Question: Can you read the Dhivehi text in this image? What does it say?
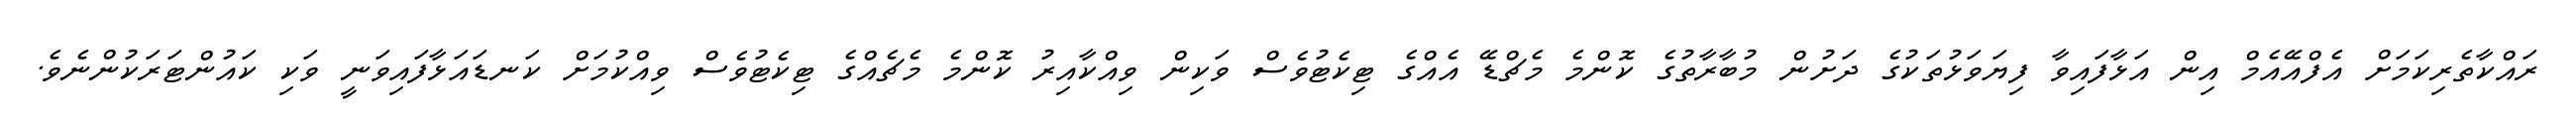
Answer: ރައްކާތެރިކަމަށް އެފްއޭއެމް އިން އަޅާފައިވާ ފިޔަވަޅުތަކުގެ ދަށުން މުބާރާތުގެ ކޮންމެ މެޗްޑޭ އެއްގެ ޓިކެޓުވެސް ވަކިން ވިއްކާއިރު ކޮންމެ މެޗެއްގެ ޓިކެޓުވެސް ވިއްކުމަށް ކަނޑައަޅާފައިވަނީ ވަކި ކައުންޓަރަކުންނެވެ.